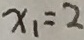
x _ { 1 } = 2